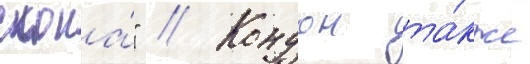
слона́" // Кондон та́кже